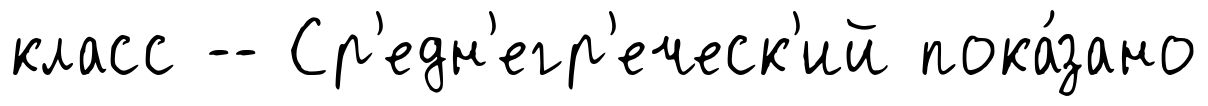
класс -- Ср'едн'егр'еческ'ий пока́зано